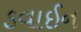
ડવાઈન